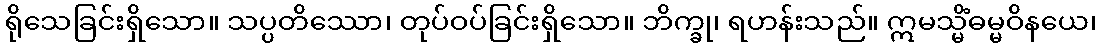
ရိုသေခြင်းရှိသော။ သပ္ပတိဿော၊ တုပ်ဝပ်ခြင်းရှိသော။ ဘိက္ခု၊ ရဟန်းသည်။ ဣမသ္မိံဓမ္မဝိနယေ၊